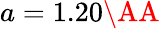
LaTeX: a=1.20\textrm{\AA}